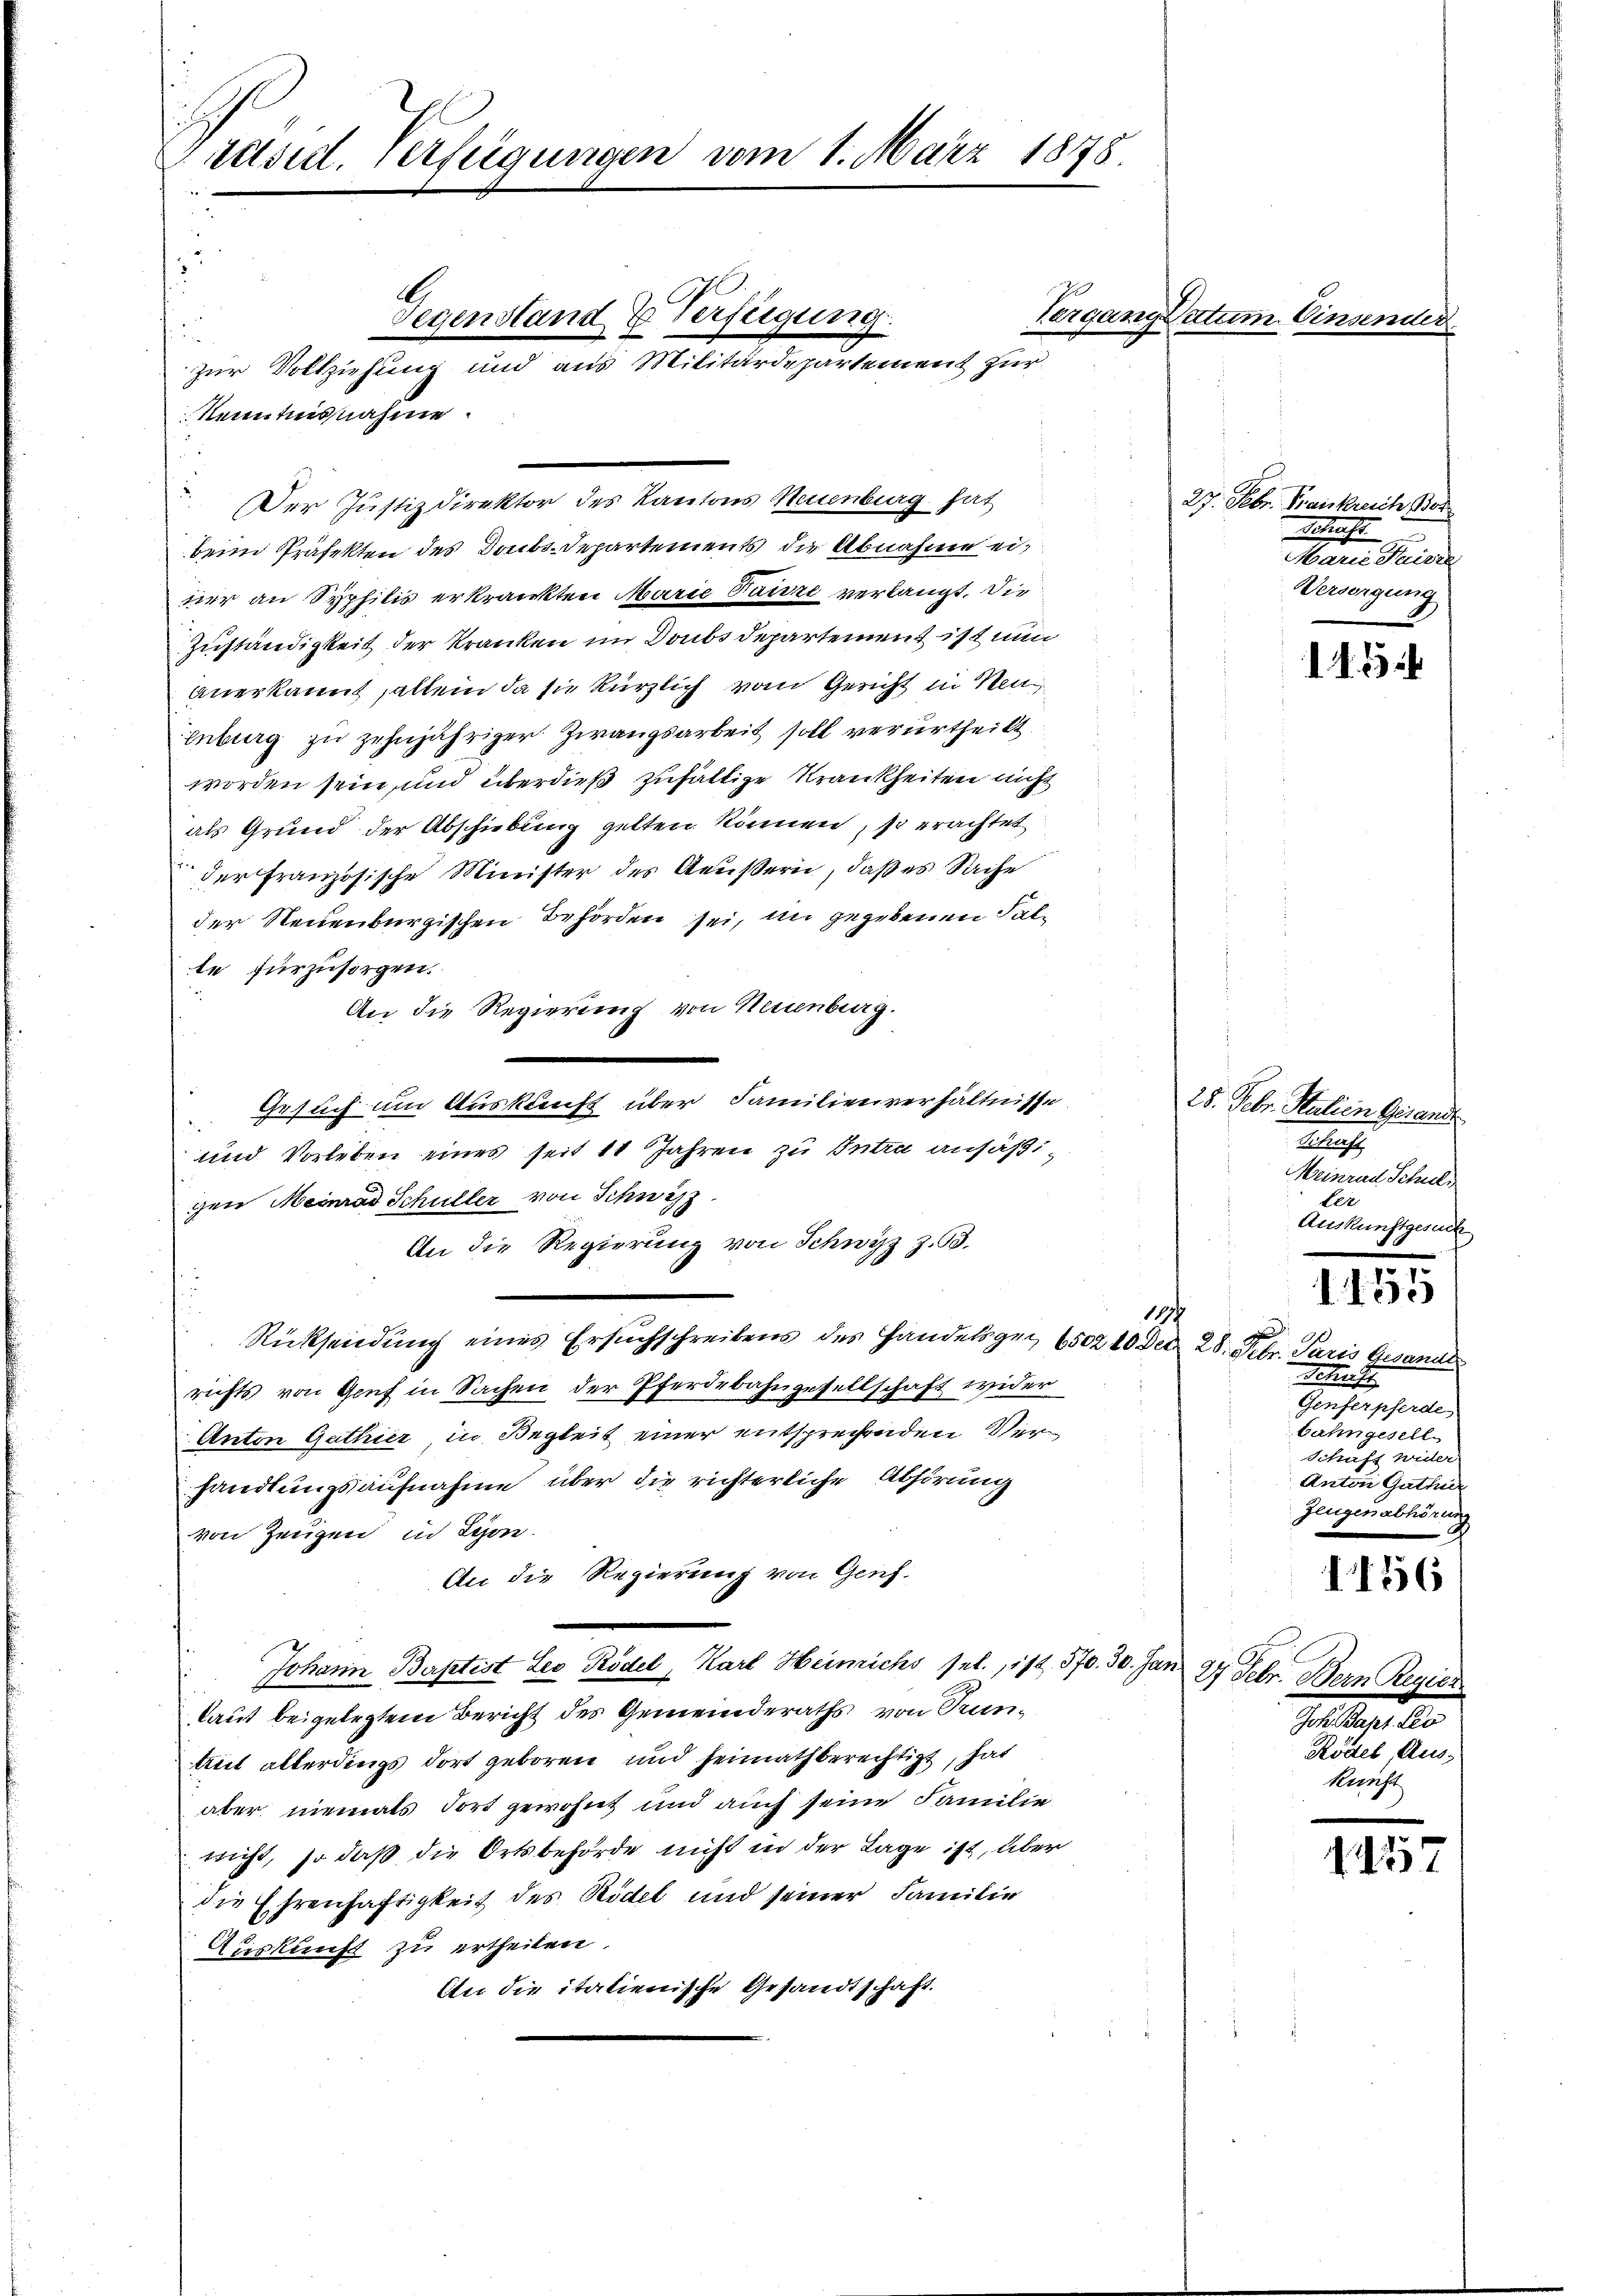
Präsid. Verfügungen vom 1. März 1878.

s
un
beim Präfekten des Doubs-Departements die Abnahme eimer an Syphilis erkränkten Marie Paisre verlangt. Die
Zuständigkeit der Kranken im Doubs Departement ist nun
Anerkannt, allein da sie kürzlich vom Gericht in Neu
Enburg zu zehnjähriger Zwangsarbeit soll verurtheilt
worden sein, und überdieß zufällige Krankheiten nicht
als Grund der Abschiebung gelten können, so erachtet
der Französische Minister des Aeußern, daß es Sache
der Seidenburgischen Behörden sei, im gegebenen Falte fürzusorgen.
An die Regierung von Neuenburg.
Gesuch um Auskunft über Familienverhältnisse
und Vorleben eines seit 11 Jahren zu Intra ansäßigen Meinrad Schüller von Schwyz
An die Regierung von Schwyz z. B.
Rücksendung eines Ersuchschreibens des Handelsger 650210 d
richts von Genf in Sachen der Pferdebahngesellschaft wider
Anton Gathier, in Begleit einer entsprechenden Verhandlungsaufnahme über die richterliche Abhörung
von Zeugen in Lyon.
An die Regierung von Genf.
Johann Baptist Leo Rödel, Karl Heinrichs sel., 1/2 570. 30. Jan 27 Febr. Bern Regier
laut beigelegtem Bericht des Gemeinderaths von Tunttut allerdings dort geboren und heimath berechtigt, hat
aber niemals Fort gewohnt und auch seine Familie
nicht, so daß die Ortsbehörde nicht in der Lage ist, über
die Ehrenhaftigkeit des Rödel und seiner Familie
Auskunft zu ertheilen.
An die italienische Gesandtschaft.

Gegenstand & Verfügung.
zur Vollziehung und aus Militärdepartement zur
Kenntnisnahme

Der Justizdirektor des Kantons Neuenburg hat

194

Vergang Datum Einser

27. Febr. Krankreich Bor
Schaft
Marn. Peter
Versorgung

N. 25

28. Febr. Stalien Gesandt
Schaft
Meinrad Schuld
ter
Auskunftgesuch

155

x
ed. 28. Febr. Paris Gesandt
Schaft
ngeschreiten
bahngesell
Schaft wider
Anton Gathür
Zeugen abhörung

1156

Joh. Papt. Leo
Rödel, Aus-
Rnift

25